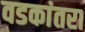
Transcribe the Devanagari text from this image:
वडकांतरा